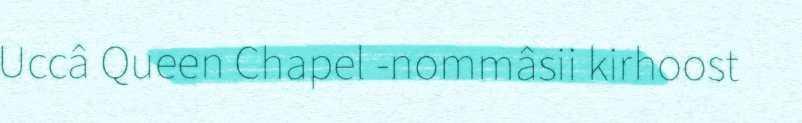
Uccâ Queen Chapel -nommâsii kirhoost